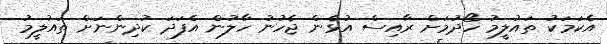
އެކަމަކު ތައުލީމު ހޯދުމަށް ރާއިސް އުޅެން ޖެހުނު ހާލުން އެފަދަ ކުދިންނަށް ތައުލީމު